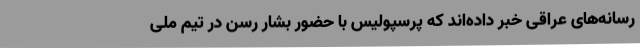
رسانه‌های عراقی خبر داده‌اند که پرسپولیس با حضور بشار رسن در تیم ملی